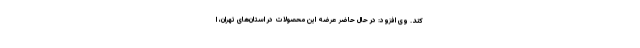
کند. وی افزود: در حال حاضر عرضه این محصولات در استان‌های تهران، ا